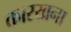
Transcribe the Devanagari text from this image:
कारखना